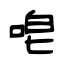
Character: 唣